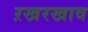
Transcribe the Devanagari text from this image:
ऱखरखाव